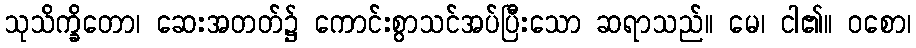
သုသိက္ခိတော၊ ဆေးအတတ်၌ ကောင်းစွာသင်အပ်ပြီးသော ဆရာသည်။ မေ၊ ငါ၏။ ဝစော၊